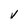
Character: v